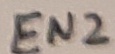
Text: EN2